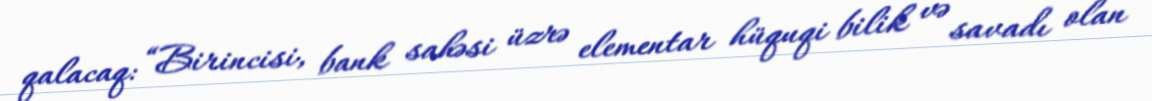
qalacaq: “Birincisi, bank sahəsi üzrə elementar hüquqi bilik və savadı olan